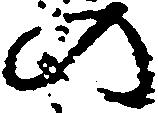
の